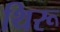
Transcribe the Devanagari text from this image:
थिरू